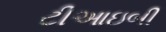
ટીઆઇબી